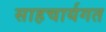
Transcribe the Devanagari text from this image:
साहचार्यगत